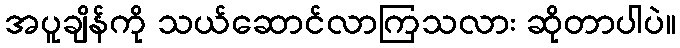
အပူချိန်ကို သယ်ဆောင်လာကြသလား ဆိုတာပါပဲ။